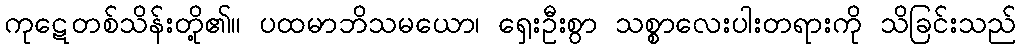
ကုဋေတစ်သိန်းတို့၏။ ပထမာဘိသမယော၊ ရှေးဦးစွာ သစ္စာလေးပါးတရားကို သိခြင်းသည်